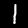
Label: 1